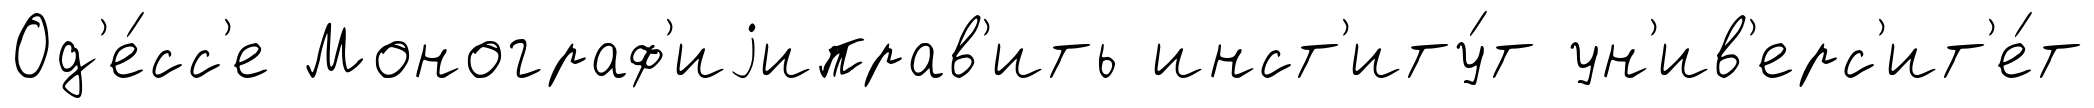
Од'е́сс'е Монограф'иjиправ'ить инст'иту́т ун'ив'ерс'ит'е́т